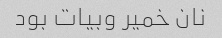
نان خمیر وبیات بود